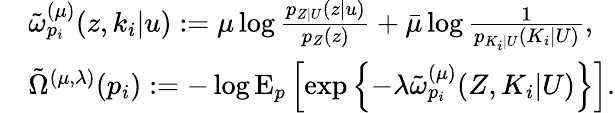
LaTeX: \begin{array}{rl}&{\tilde{\omega}_{p_{i}}^{(\mu)}({z},k_{i}|u):={\mu}\log\frac{p_{{Z}|U}({z}|u)}{p_{Z}(z)}+\bar{\mu}\log\frac{1}{p_{K_{i}|U}(K_{i}|U)},}\\ &{\tilde{\Omega}^{(\mu,\lambda)}(p_{i}):=-\log\mathrm{E}_{p}\left[\exp\left\{ -\lambda\tilde{\omega}_{p_{i}}^{(\mu)}({Z},K_{i}|U)\right\} \right].}\end{array}